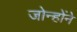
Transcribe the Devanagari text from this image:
जोन्होंने